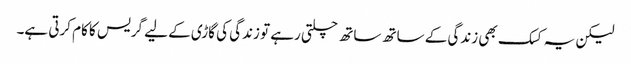
لیکن یہ کسک بھی زندگی کے ساتھ ساتھ چلتی رہے تو زندگی کی گاڑی کے لیے گریس کا کام کرتی ہے۔